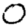
Digit: 0